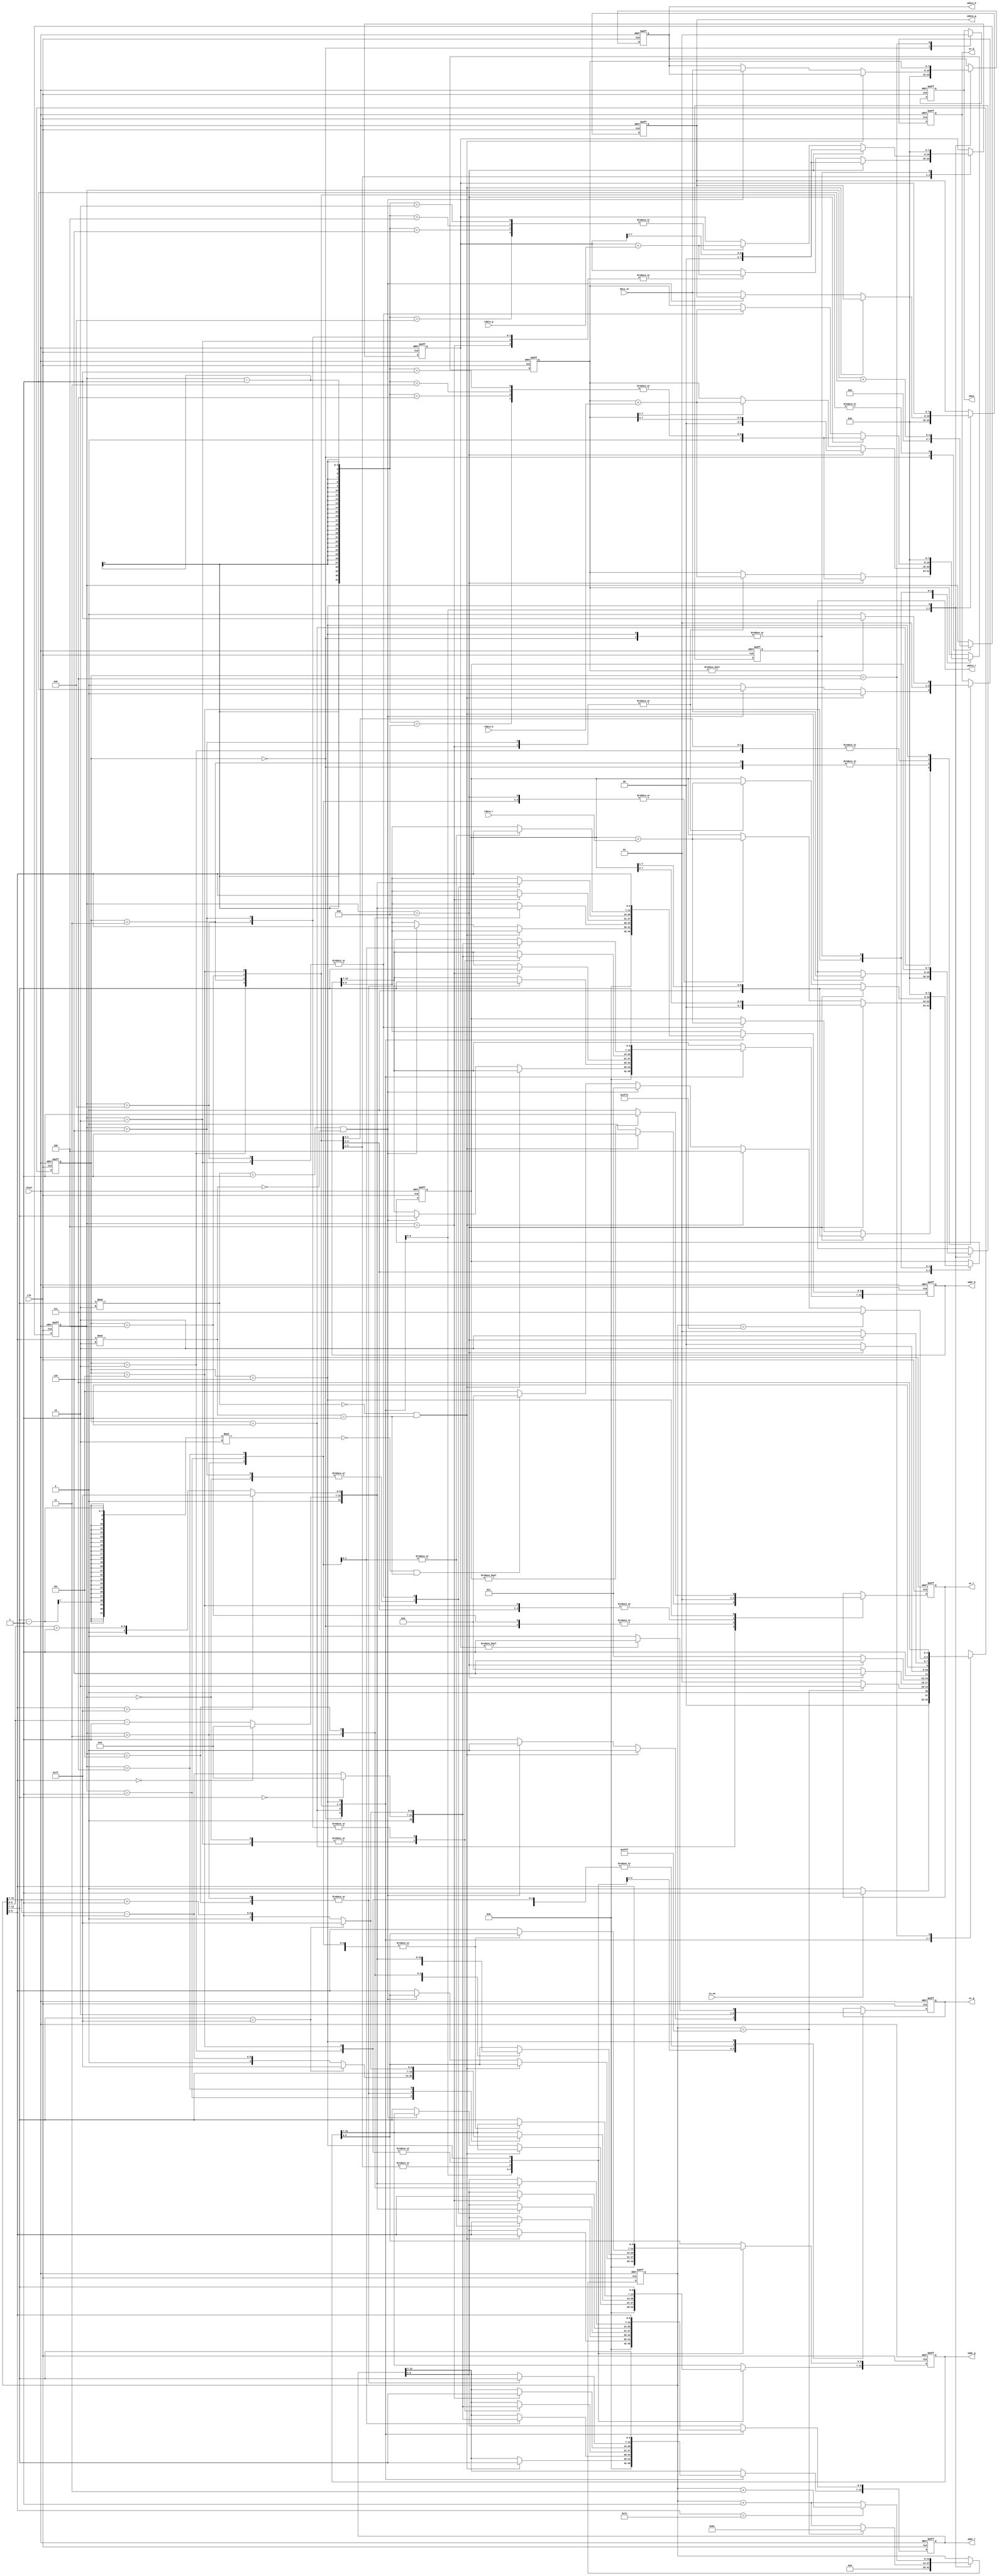
module demosaic(clk, reset, in_en, data_in, wr_r, addr_r, wdata_r, rdata_r, wr_g, addr_g, wdata_g, rdata_g, wr_b, addr_b, wdata_b, rdata_b, done);
input clk;
input reset;
input in_en;
input [7:0] data_in;
output wr_r;
output [13:0] addr_r;
output [7:0] wdata_r;
input [7:0] rdata_r;
output wr_g;
output [13:0] addr_g;
output [7:0] wdata_g;
input [7:0] rdata_g;
output wr_b;
output [13:0] addr_b;
output [7:0] wdata_b;
input [7:0] rdata_b;
output done;

//state param
localparam INIT = 0;
localparam DATA_IN = 1;
localparam BILINEAR_a = 2;
localparam BILINEAR_b = 3;
localparam BILINEAR_c = 4;
localparam BILINEAR_d = 5;
localparam WRITECHANNEL = 6;
localparam FINISH = 7;

//regs
reg wr_r;
reg [13:0] addr_r;
reg [7:0] wdata_r;
reg wr_g;
reg [13:0] addr_g;
reg [7:0] wdata_g;
reg wr_b;
reg [13:0] addr_b;
reg [7:0] wdata_b;
reg done;

reg [2:0] state, nextState;
reg [13:0] bayer [7:0];
reg [13:0] center; // Coordinate (row, column) = (center[13:7], center[6:0])
reg [3:0] counter;  //0-8:pixel delay 2 clock(1:addr 2:write)
reg [7:0] red;
reg [7:0] green;
reg [7:0] blue;

//constant param
localparam LENGTH = 7'd127;
localparam ZERO = 6'd0; 

//wire constants
wire [5:0] cx_add1,cx_minus1,cy_add1,cy_minus1;
assign cy_add1 = center[13:7] + 7'd1;
assign cy_minus1 = center[13:7] - 7'd1;
assign cx_add1 = center[6:0] + 7'd1 ;
assign cx_minus1 = center[6:0] - 7'd1;

integer i;

//state ctrl
always @(posedge clk or posedge reset) begin
	if(reset) state <= INIT;
	else state <= nextState;
end

//next state logic
always @(*) begin
	case (state)
		INIT: nextState = (in_en)? DATA_IN : INIT;
		DATA_IN: nextState = (center == 14'd16383)? BILINEAR_a : DATA_IN;
		BILINEAR_a: nextState = (counter == 4'd9)? WRITECHANNEL : BILINEAR_a;
		BILINEAR_b: nextState = (counter == 4'd9)? WRITECHANNEL : BILINEAR_b;
		BILINEAR_c: nextState = (counter == 4'd9)? WRITECHANNEL : BILINEAR_c;
		BILINEAR_d: nextState = (counter == 4'd9)? WRITECHANNEL : BILINEAR_d;
		WRITECHANNEL: begin
			if(center == 14'd16254) nextState = FINISH;
			else begin
				if(center[13:7] %2 == 0 && center[6:0] %2 == 1)  nextState = BILINEAR_c;	//R
				else if(center[13:7] %2 == 1 && center[6:0] %2 == 0)  nextState = BILINEAR_b;	//B
				else nextState = ((center[13:7]-1) %2 == 0 && center[6:0] %2 == 1)? BILINEAR_a : BILINEAR_d; //G
			end
		end
		FINISH: nextState = FINISH;
		default: nextState = INIT;
	endcase
end

//main sequential circuit
always @(posedge clk or posedge reset) begin
	if (reset) begin
		wr_r <= 1'd0;
		addr_r <= 14'd0;
		wdata_r <= 8'd0;
		wr_g <= 1'd0;
		addr_g <= 14'd0;
		wdata_g <= 8'd0;
		wr_b <= 1'd0;
		addr_b <= 14'd0;
		wdata_b <= 8'd0;
		done <= 1'd0;

		for(i = 0; i <16383; i = i + 1)  bayer[i] <= 8'd0;
		center <= {7'd0 , 7'd0};
		counter <= 4'd0;
		red <= 8'd0;
		green <= 8'd0;
		blue <= 8'd0;
	end
	else begin
		case (state)
			INIT:begin
				wr_r <= 1'd0;
				addr_r <= 14'd0;
				wdata_r <= 8'd0;
				wr_g <= 1'd0;
				addr_g <= 14'd0;
				wdata_g <= 8'd0;
				wr_b <= 1'd0;
				addr_b <= 14'd0;
				wdata_b <= 8'd0;
				done <= 1'd0;

				for(i = 0; i <16383; i = i + 1)  bayer[i] <= 8'd0;
				center <= {7'd0 , 7'd0};
				counter <= 4'd0;
				red <= 8'd0;
				green <= 8'd0;
				blue <= 8'd0;
			end

			DATA_IN:begin//read data
                bayer[center] <= data_in;
				if(center == 14'd16383) center <= 14'd129;
                else center <= center + 1;

				if(center[13:7] %2 == 0 && center[6:0] %2 == 1) begin	//R
					wr_r <= 1'd1;
					wr_g <= 1'd0;
					wr_b <= 1'd0;
					addr_r <= center;
					wdata_r <= data_in;
				end
				else if(center[13:7] %2 == 1 && center[6:0] %2 == 0) begin	//B
					wr_r <= 1'd0;
					wr_g <= 1'd0;
					wr_b <= 1'd1;
					addr_b <= center;
					wdata_b <= data_in;
				end
				else begin	//G
					wr_r <= 1'd0;
					wr_g <= 1'd1;
					wr_b <= 1'd0;
					addr_g <= center;
					wdata_g <= data_in;
				end
            end

			BILINEAR_a: begin
				wr_r <= 1'd1;
				wr_g <= 1'd0;
				wr_b <= 1'd1;

				// use the pixel get and interpolation with corresponding color ( counter==0 means no pixel get yet )
				case (counter)
					2,8: red <= red + rdata_r;
					4,6: blue <= blue + rdata_b;
				endcase
				if(counter == 4'd9) begin
					red <= red>>1;
					blue <= blue>>1;
				end
				counter <= counter + 4'd1;

				// request the next corresponding pixel for bilinear interpolation
				case (counter) // -> for y axis	(row)
					1: addr_r[13:7] <= (center[13:7] == 7'd0) ? ZERO : cy_minus1;
					3,5: addr_b[13:7] <= center[13:7];
					7: addr_r[13:7] <= (center[13:7] == LENGTH) ? LENGTH :  cy_add1;
					default: addr_g[13:7] <= center[13:7];
				endcase

				case (counter) // -> for x axis	(column)									
					1,7: addr_r[6:0] <= center[6:0];
					3: addr_b[6:0] <= (center[6:0] == 7'd0) ? ZERO : cx_minus1;
					5: addr_b[6:0] <= (center[6:0] == LENGTH) ? LENGTH : cx_add1;
					default: addr_g[6:0] <= center[6:0];
				endcase
			end

			BILINEAR_b: begin
				wr_r <= 1'd1;
				wr_g <= 1'd1;
				wr_b<= 1'd0;

				// use the pixel get and interpolation with corresponding color ( counter==0 means no pixel get yet )
				case (counter)
					1,3,7,9: red <= red + rdata_r;
					2,4,6,8: green <= green + rdata_g;
				endcase
				if(counter == 4'd9) begin
					red <= red>>2;
					green <= green>>2;
				end
				counter <= counter + 4'd1;
// reverse
				// request the next corresponding pixel for bilinear interpolation
				case (counter) // -> for y axis	(row)
					0,2: addr_r[13:7] <= (center[13:7] == 7'd0) ? ZERO : cy_minus1;
					1: addr_g[13:7] <= (center[13:7] == LENGTH) ? LENGTH : cy_minus1;
					3,5: addr_g[13:7] <= center[13:7];
					4: addr_b[13:7] <= center[13:7];
					6,8: addr_r[13:7] <= (center[13:7] == LENGTH) ? LENGTH : cy_add1;
					7: addr_g[13:7] <= (center[13:7] == LENGTH) ? LENGTH : cy_add1;
				endcase

				case (counter) // -> for x axis	(column)									
					0,6: addr_r[6:0] <= (center[6:0] == 7'd0) ? ZERO : cx_minus1;
					1,7: addr_g[6:0] <= center[6:0];
					2,8: addr_r[6:0] <= (center[6:0] == LENGTH) ? LENGTH : cx_add1;
					3: addr_g[6:0] <= (center[6:0] == 7'd0) ? ZERO : cx_minus1;
					4: addr_b[6:0] <= center[6:0];
					5: addr_g[6:0] <= (center[6:0] == LENGTH) ? LENGTH : cx_add1;
				endcase
			end

			BILINEAR_c: begin
				wr_r <= 1'd0;
				wr_g <= 1'd1;
				wr_b <= 1'd1;

				// use the pixel get and interpolation with corresponding color ( counter==0 means no pixel get yet )
				case (counter-1)
					1,3,7,9: blue <= blue + rdata_b;
					2,4,6,8: green <= green + rdata_g;
				endcase
				if(counter == 4'd9) begin
					blue <= blue>>2;
					green <= green>>2;
				end
				counter <= counter + 4'd1;
// reverse
				// request the next corresponding pixel for bilinear interpolation
				case (counter) // -> for y axis	(row)
					0,2: addr_b[13:7] <= (center[13:7] == 7'd0) ? ZERO : cy_minus1;
					1: addr_g[13:7] <= (center[13:7] == LENGTH) ? LENGTH : cy_minus1;
					3,5: addr_g[13:7] <= center[13:7];
					4: addr_r[13:7] <= center[13:7];
					6,8: addr_b[13:7] <= (center[13:7] == LENGTH) ? LENGTH : cy_add1;
					7: addr_g[13:7] <= (center[13:7] == LENGTH) ? LENGTH : cy_add1;
				endcase

				case (counter) // -> for x axis	(column)									
					0,6: addr_b[6:0] <= (center[6:0] == 7'd0) ? ZERO : cx_minus1;
					1,7: addr_g[6:0] <= center[6:0];
					2,8: addr_b[6:0] <= (center[6:0] == LENGTH) ? LENGTH : cx_add1;
					3: addr_g[6:0] <= (center[6:0] == 7'd0) ? ZERO : cx_minus1;
					4: addr_r[6:0] <= center[6:0];
					5: addr_g[6:0] <= (center[6:0] == LENGTH) ? LENGTH :  cx_add1;
				endcase
			end

			BILINEAR_d: begin
				wr_r <= 1'd1;
				wr_g <= 1'd0;
				wr_b <= 1'd1;

				// use the pixel get and interpolation with corresponding color ( counter==0 means no pixel get yet )
				case (counter)
					4,6: red <= red + rdata_r;
					2,8: blue <= blue + rdata_b;
				endcase
				if(counter == 4'd9) begin
					red <= red>>1;
					blue <= blue>>1;
				end
				counter <= counter + 4'd1;

				// request the next corresponding pixel for bilinear interpolation
				case (counter) // -> for y axis	(row)
					1: addr_b[13:7] <= (center[13:7] == 7'd0) ? ZERO : cy_minus1;
					3,5: addr_r[13:7] <= center[13:7];
					7: addr_b[13:7] <= (center[13:7] == LENGTH) ? LENGTH :  cy_add1;
					default: addr_g[13:7] <= center[13:7];
				endcase

				case (counter) // -> for x axis	(column)									
					1,7: addr_b[6:0] <= center[6:0];
					3: addr_r[6:0] <= (center[6:0] == 7'd0) ? ZERO : cx_minus1;
					5: addr_r[6:0] <= (center[6:0] == LENGTH) ? LENGTH : cx_add1;
					default: addr_g[6:0] <= center[6:0];
				endcase
			end

			WRITECHANNEL:begin
					wr_r <= (red) ? 1'd1 :0;
					wr_g <= (green) ? 1'd1 :0;
					wr_b <= (blue) ? 1'd1 :0;

					addr_r <= center;
					addr_g <= center;
					addr_b <= center;

					wdata_r <= red;
					wdata_g <= green;
					wdata_b <= blue;

					red <= 8'd0;
					green <= 8'd0;
					blue <= 8'd0;

					if(center[6:0] == 7'd126) center <= center + 3;
					else center <= center + 1;
			end

			FINISH: begin
				done <= 1'd1;
			end

		endcase
	end
end

endmodule